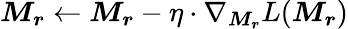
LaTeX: \boldsymbol{M_{r}}\leftarrow\boldsymbol{M_{r}}-\eta\cdot\nabla_{\boldsymbol{M_{r}}}L(\boldsymbol{M_{r}})